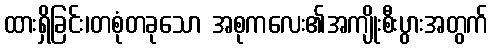
ထားရှိခြင်း၊တစုံတခုသော အစုကလေး၏အကျိုးစီးပွားအတွက်